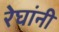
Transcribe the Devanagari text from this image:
रेघांनी